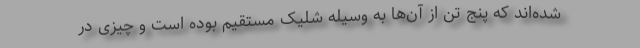
شده‌اند که پنج تن از آن‌ها به وسیله شلیک مستقیم بوده است و چیزی در